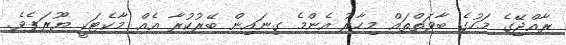
ރާއްޖޭގެ މަހުގެ ބާވަތްތައް މިހާރު އެންމެ ގިނައިން ބޭރުކުރާ އެއް މާކެޓަކީ ޔޫރަޕެވެ.